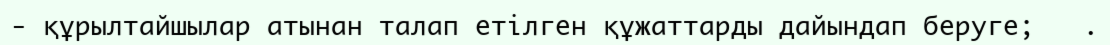
- құрылтайшылар атынан талап етілген құжаттарды дайындап беруге;	  .